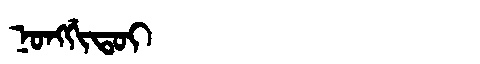
Manchu: ᠨᠣᠩᡤᡳᡨᠣᡳ
Romanization: NONGGITOI